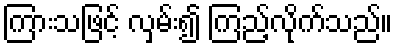
ကြားသဖြင့် လှမ်း၍ ကြည့်လိုက်သည်။